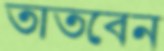
তাতবেন